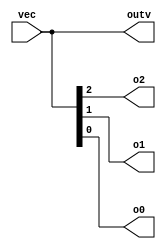
module vector0(
  input [2:0] vec,
  output [2:0] outv,
  output o2,
  output o1,
  output o0

);

  assign outv = vec;
  assign {o2, o1, o0} = vec;

endmodule